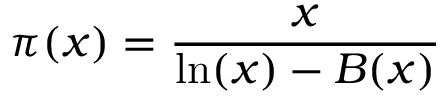
\pi ( x ) = { \frac { x } { \ln ( x ) - B ( x ) } }